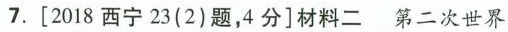
7.[2018西宁23(2)题，4分]材料二第二次世界